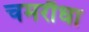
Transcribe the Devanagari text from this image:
चमरौधा